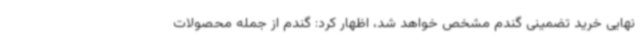
نهایی خرید تضمینی گندم مشخص خواهد شد، اظهار کرد: گندم از جمله محصولات